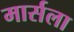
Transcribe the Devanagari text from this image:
मार्सला